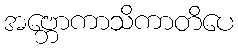
အဗ္ဘောကာသိကာတိပေ